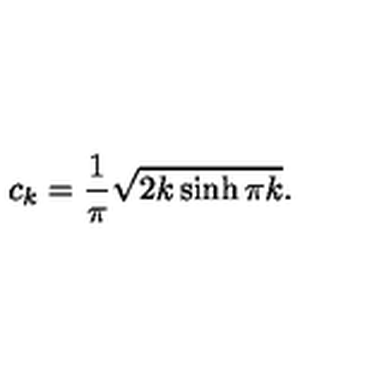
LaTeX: c _ { k } = \frac { 1 } { \pi } \sqrt { 2 k \sinh \pi k } .